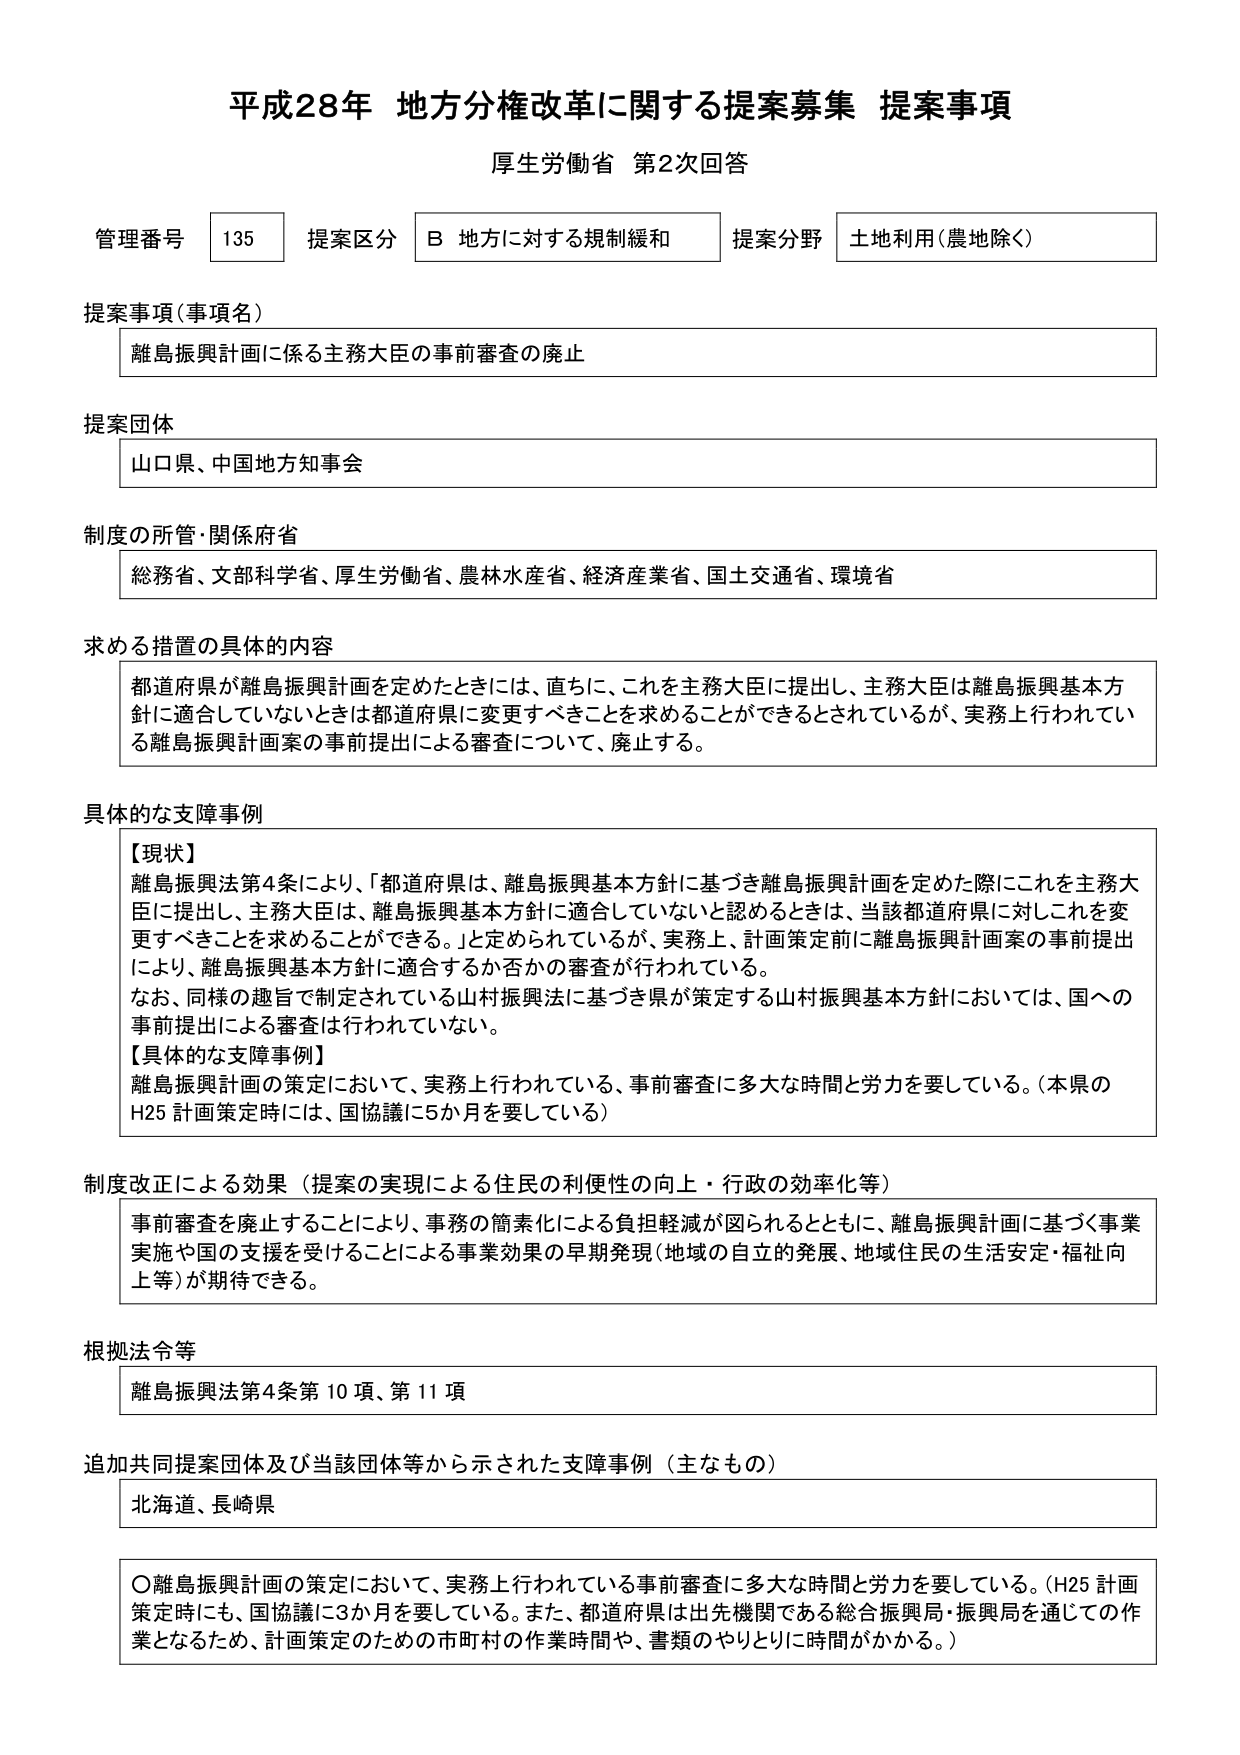
平成28年 地方分権改革に関する提案募集 提案事項
厚生労働省 第2次回答

管理番号 135 提案区分 B 地方に対する規制緩和 提案分野 土地利用（農地除く）

提案事項（事項名）
離島振興計画に係る主務大臣の事前審査の廃止

提案団体
山口県、中国地方知事会

制度の所管・関係府省
総務省、文部科学省、厚生労働省、農林水産省、経済産業省、国土交通省、環境省

求める措置の具体的内容
都道府県が離島振興計画を定めたときには、直ちに、これを主務大臣に提出し、主務大臣は離島振興基本方針に適合していないときは都道府県に変更すべきことを求めることができるとしているが、実務上行われている離島振興計画案の事前提出による審査について、廃止する。

具体的な支障事例
【現状】
離島振興法第4条により、「都道府県は、離島振興基本方針に基づき離島振興計画を定めた際にこれを主務大臣に提出し、主務大臣は、離島振興基本方針に適合していないと認めるときは、当該都道府県に対しこれを変更すべきことを求めることができる。」と定められているが、実務上、計画策定前に離島振興計画案の事前提出により、離島振興基本方針に適合するか否かの審査が行われている。
なお、同様の趣旨で制定されている山村振興法に基づき県が策定する山村振興基本方針においては、国への事前提出による審査は行われていない。
【具体的な支障事例】
離島振興計画の策定において、実務上行われている、事前審査に多大な時間と労力を要している。（本県のH25 計画策定時には、国協議に5か月を要している）

制度改正による効果（提案の実現による住民の利便性の向上・行政の効率化等）
事前審査を廃止することにより、事務の簡素化による負担軽減が図れるとともに、離島振興計画に基づく事業実施や国の支援を受けることによる事業効果の早期発現（地域の自立的発展、地域住民の生活安定・福祉向上等）が期待できる。

根拠法令等
離島振興法第4条第10項、第11項

追加共同提案団体及び当該団体等から示された支障事例（主なもの）
北海道、長崎県

〇離島振興計画の策定において、実務上行われている事前審査に多大な時間と労力を要している。（H25 計画策定時にも、国協議に3か月を要している。また、都道府県は出先機関である総合振興局・振興局を通じての作業となるため、計画策定のための市町村の作業時間や、書類のやりとりに時間がかかる。）